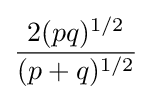
{\frac {2(pq)^{1/2}}{(p+q)^{1/2}}}